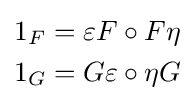
{\begin{aligned}1_{F}&=\varepsilon F\circ F\eta \\1_{G}&=G\varepsilon \circ \eta G\end{aligned}}